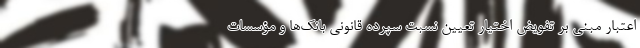
اعتبار مبنی بر تفویض اختیار تعیین نسبت سپرده قانونی بانک‌ها و مؤسسات